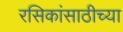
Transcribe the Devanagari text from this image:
रसिकांसाठीच्या